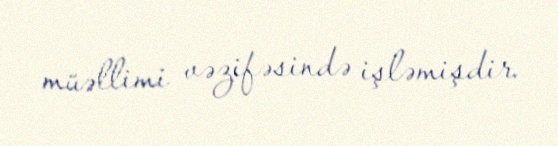
müəllimi vəzifəsində işləmişdir.